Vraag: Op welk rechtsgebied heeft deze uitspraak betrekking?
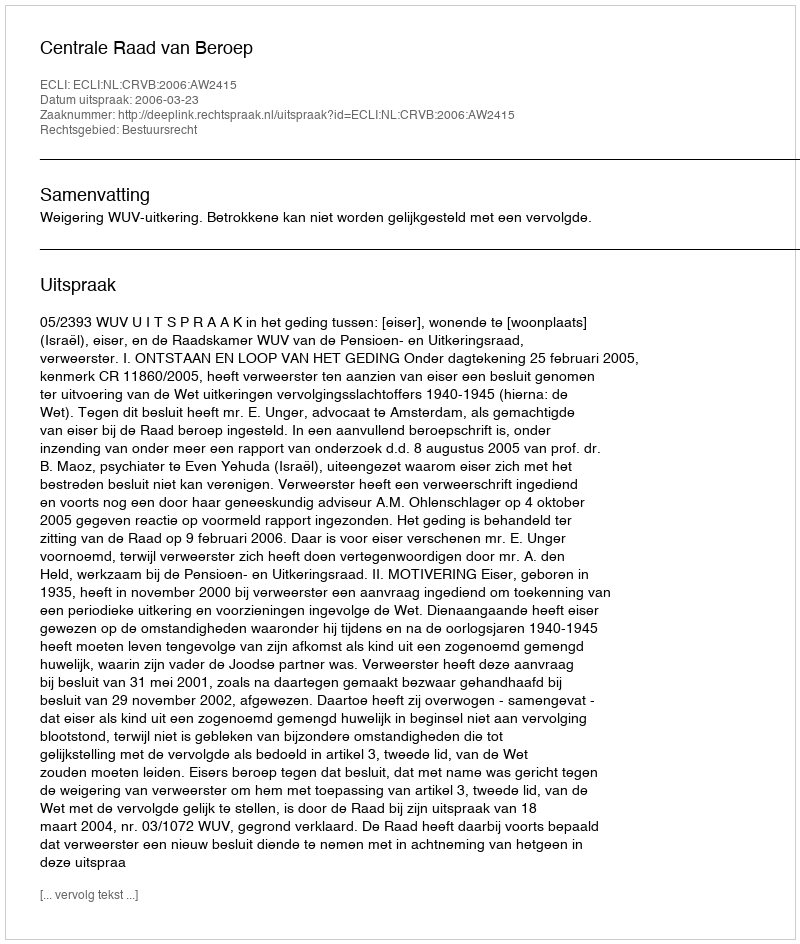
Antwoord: Bestuursrecht